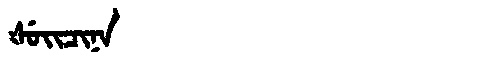
Manchu: ᡧᡠᡳᠴᡳᠨᠠ
Romanization: ŠUICINA